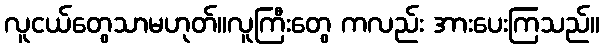
လူငယ်တွေသာမဟုတ်။လူကြီးတွေ ကလည်း အားပေးကြသည်။